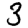
Digit: 3